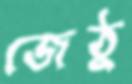
জেঠু